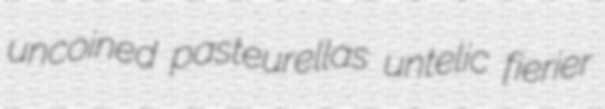
uncoined pasteurellas untelic fierier